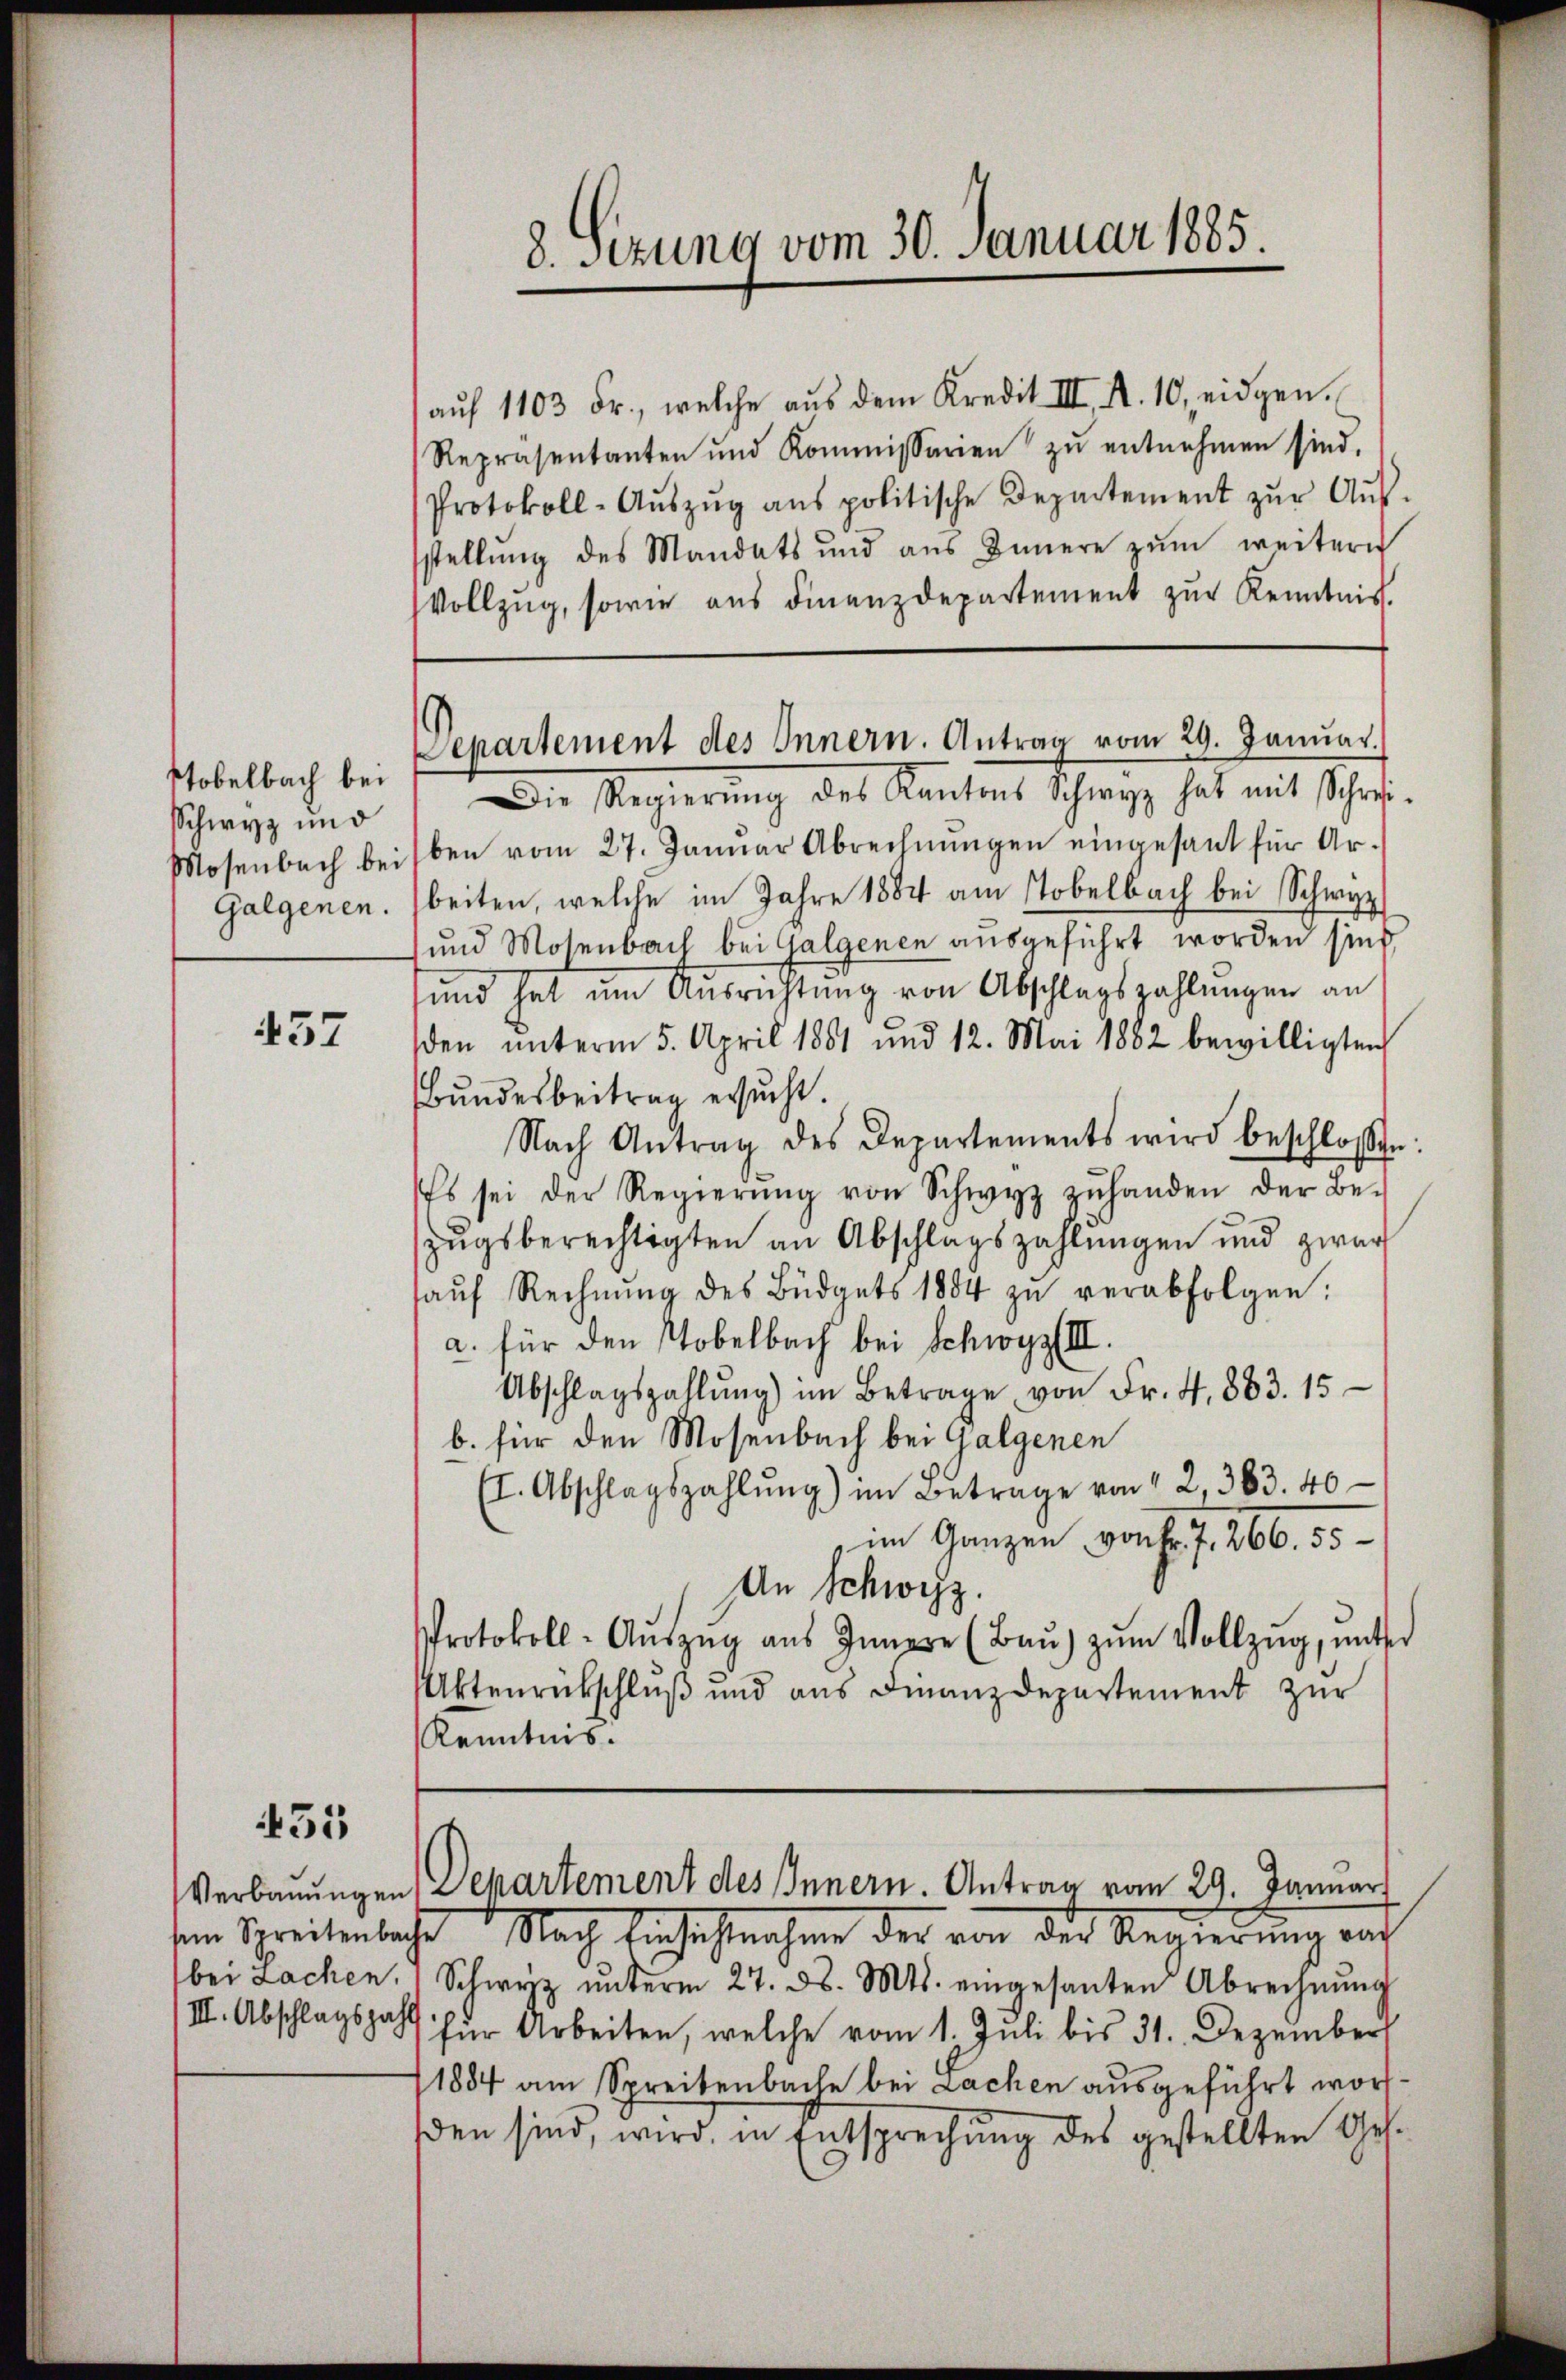
stobelbach bei
Schwyz und
Mosenbach bei
Galgenen.

437

455

sein Spreitenbach
bei Sachen.
III. Abschlagszah

8. Sitzung vom 30. Januar 1885.

Departement des Innern. Antrag vom 29. Januar.

auf 1103 Fr., welche aus dem Kredit III. A. 10, eidgen.
Repräsentanten und Kommissarien zŭ entnehmen sind.
Protokoll-Aŭszŭg aŭs politische Departement zŭr Aŭs-
sstellŭng des Mandats und aŭs Innere zŭm weitern
Vollzug, sowie aus Finanzdepartement zur Kenntnis.
Die Regierung des Kantons Schwyz hat mit Schrif
ben vom 27. Januar Abrechnŭngen eingesant für Arbeiten, welche im Jahre 1884 am Tobelbach bei Schwyz
und Mosenbach bei Galgenen ausgeführt worden sind
und hat um Ausrichtung von Abschlagszahlungen an
den ŭnterm 5. April 1851 und 12. Mai 1882 bewilligten
Bundesbeitrag ersucht.
Nach Antrag des Departements wird beschlossen
Es sei der Regierŭng von Schwyz zŭhanden der Be-
zŭgsberechtigten an Abschlagszahlungen und zwar
aŭf Rechnŭng des Büdgets 1884 zŭ verabfolgen:
a. für den Tobelbach bei Schwyz III.
Abschlagszahlŭng im Betrage von Fr. 4. 883. 15
b. für den Mosenbach bei Galgenen
(I. Abschlagszahlŭng im Betrage von 12, 383. 40
im Ganzen von 6. f. 266. 55
An Schweiz.
Protokoll-Aŭszŭg aŭs Innere (Baŭ zŭm Vollzug, unter
Aktenrückschluß und aus Finanzdepartement zur
Kenntnis.

Verbauungen Departement des Innern. Antrag vom 29. Januar

s Nach Einsichtnahme der von der Regierung auf
Schwyz ŭnterm 27. d. Mts. eingesanten Abrechnŭng
 für Arbeiten, welche vom 1. Juli bis 31. Dezember
11884 am Spreitenbache bei Lachen ausgeführt worden sind, wird, in Entsprechung des gestellten Ges¬